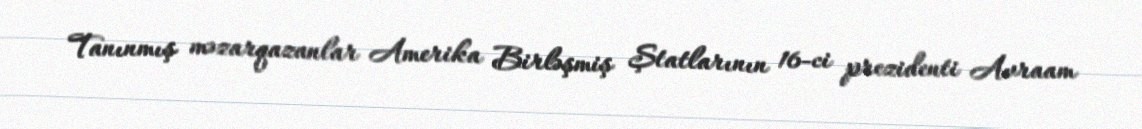
Tanınmış məzarqazanlar Amerika Birləşmiş Ştatlarının 16-ci prezidenti Avraam